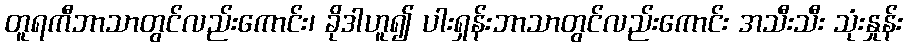
တူရကီဘာသာတွင်လည်းကောင်း၊ ခိုဒါဟူ၍ ပါးရှန်းဘာသာတွင်လည်းကောင်း အသီးသီး သုံးနှုန်း